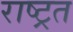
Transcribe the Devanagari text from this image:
राष्ट्रत